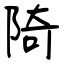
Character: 陭